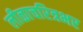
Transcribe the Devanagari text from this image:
लीळाचरित्रभर